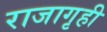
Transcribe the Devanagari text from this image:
राजागृही